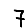
Digit: 7